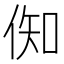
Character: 倁